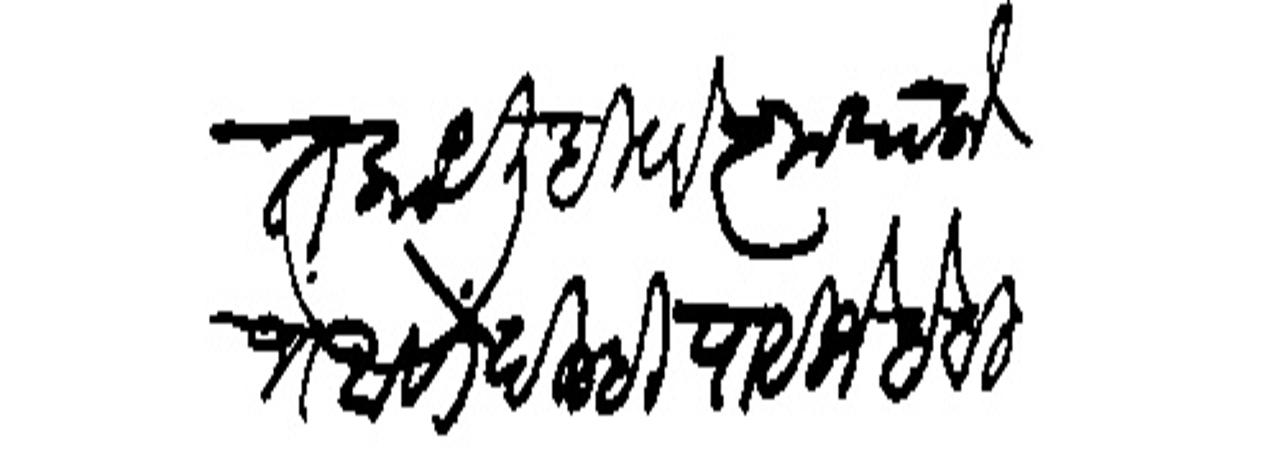
Transliteration (Devanagari): प्रांतीं कधी येणार से लिहंन संतोशविलें पाहिजे बहुत